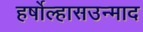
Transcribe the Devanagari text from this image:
हर्षोल्हासउन्माद